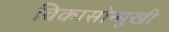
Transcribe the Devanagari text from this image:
विकासोन्मुखी